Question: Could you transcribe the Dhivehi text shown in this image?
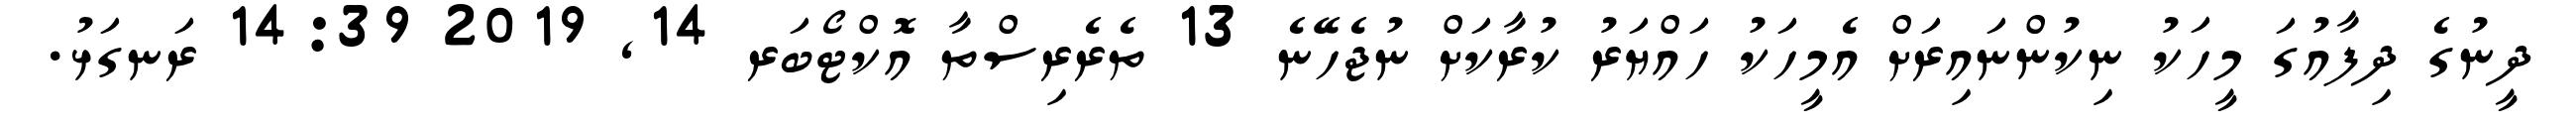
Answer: ދީނުގެ ދިފާއުގަ މީހަކު ނިކުންނައިރަށް އެމީހަކު ހައްޔަރު ކުރާކަށް ނުޖެހޭނެ 13 ތެރެރިސްތާ އޮކްޓޯބަރ 14, 2019 14:39 ރަނގަޅު.